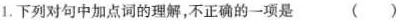
1.下列对句中加点词的理解，不正确的一项是 （）